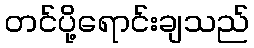
တင်ပို့ရောင်းချသည်